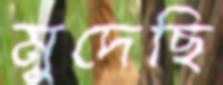
মুদেছি